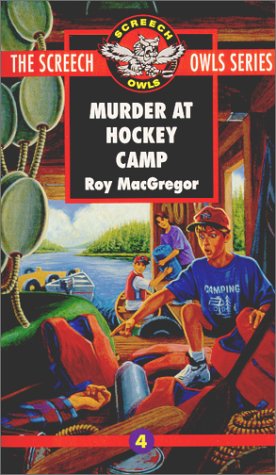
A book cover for Murder at Hockey Camp (Screech Owls Series #4); Roy MacGregor; Children's Books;